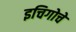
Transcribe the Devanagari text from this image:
इचिगोचे